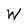
Character: W